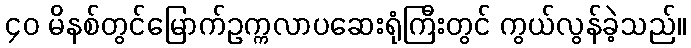
၄၀ မိနစ်တွင်မြောက်ဥက္ကလာပဆေးရုံကြီးတွင် ကွယ်လွန်ခဲ့သည်။